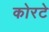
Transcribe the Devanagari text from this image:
कोरटे